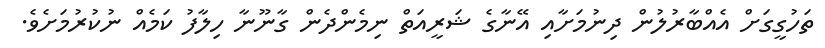
ތަހުގީގަށް އެއްބާރުލުން ދިނުމަށާއި އޭނާގެ ޝަރީއަތް ނިމެންދެން ގާނޫނާ ހިލާފު ކަމެއް ނުކުރުމަށެވެ.